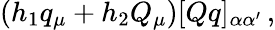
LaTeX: (h_{1}q_{\mu}+h_{2}Q_{\mu})[Qq]_{\alpha\alpha^{\prime}}\, ,